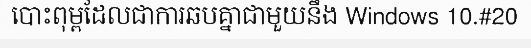
បោះពុម្ពដែលជាការឆបគ្នាជាមួយនឹង Windows 10.#20